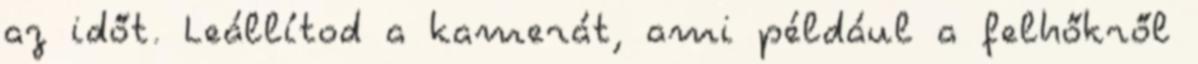
az időt. Leállítod a kamerát, ami például a felhőkről